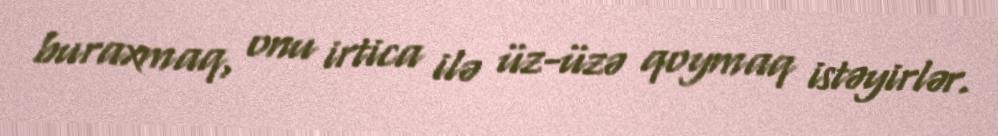
buraxmaq, onu irtica ilə üz-üzə qoymaq istəyirlər.